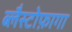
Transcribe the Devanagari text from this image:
ब्लैस्टोफ़ागा